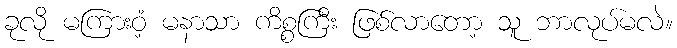
ခုလို မကြားဝံ့ မနာသာ ကိစ္စကြီး ဖြစ်လာတော့ သူ ဘာလုပ်မလဲ။